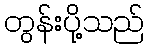
တွန်းပို့သည်